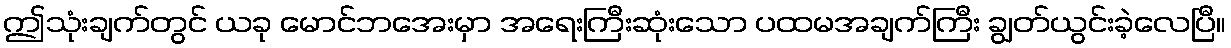
ဤသုံးချက်တွင် ယခု မောင်ဘအေးမှာ အရေးကြီးဆုံးသော ပထမအချက်ကြီး ချွတ်ယွင်းခဲ့လေပြီ။